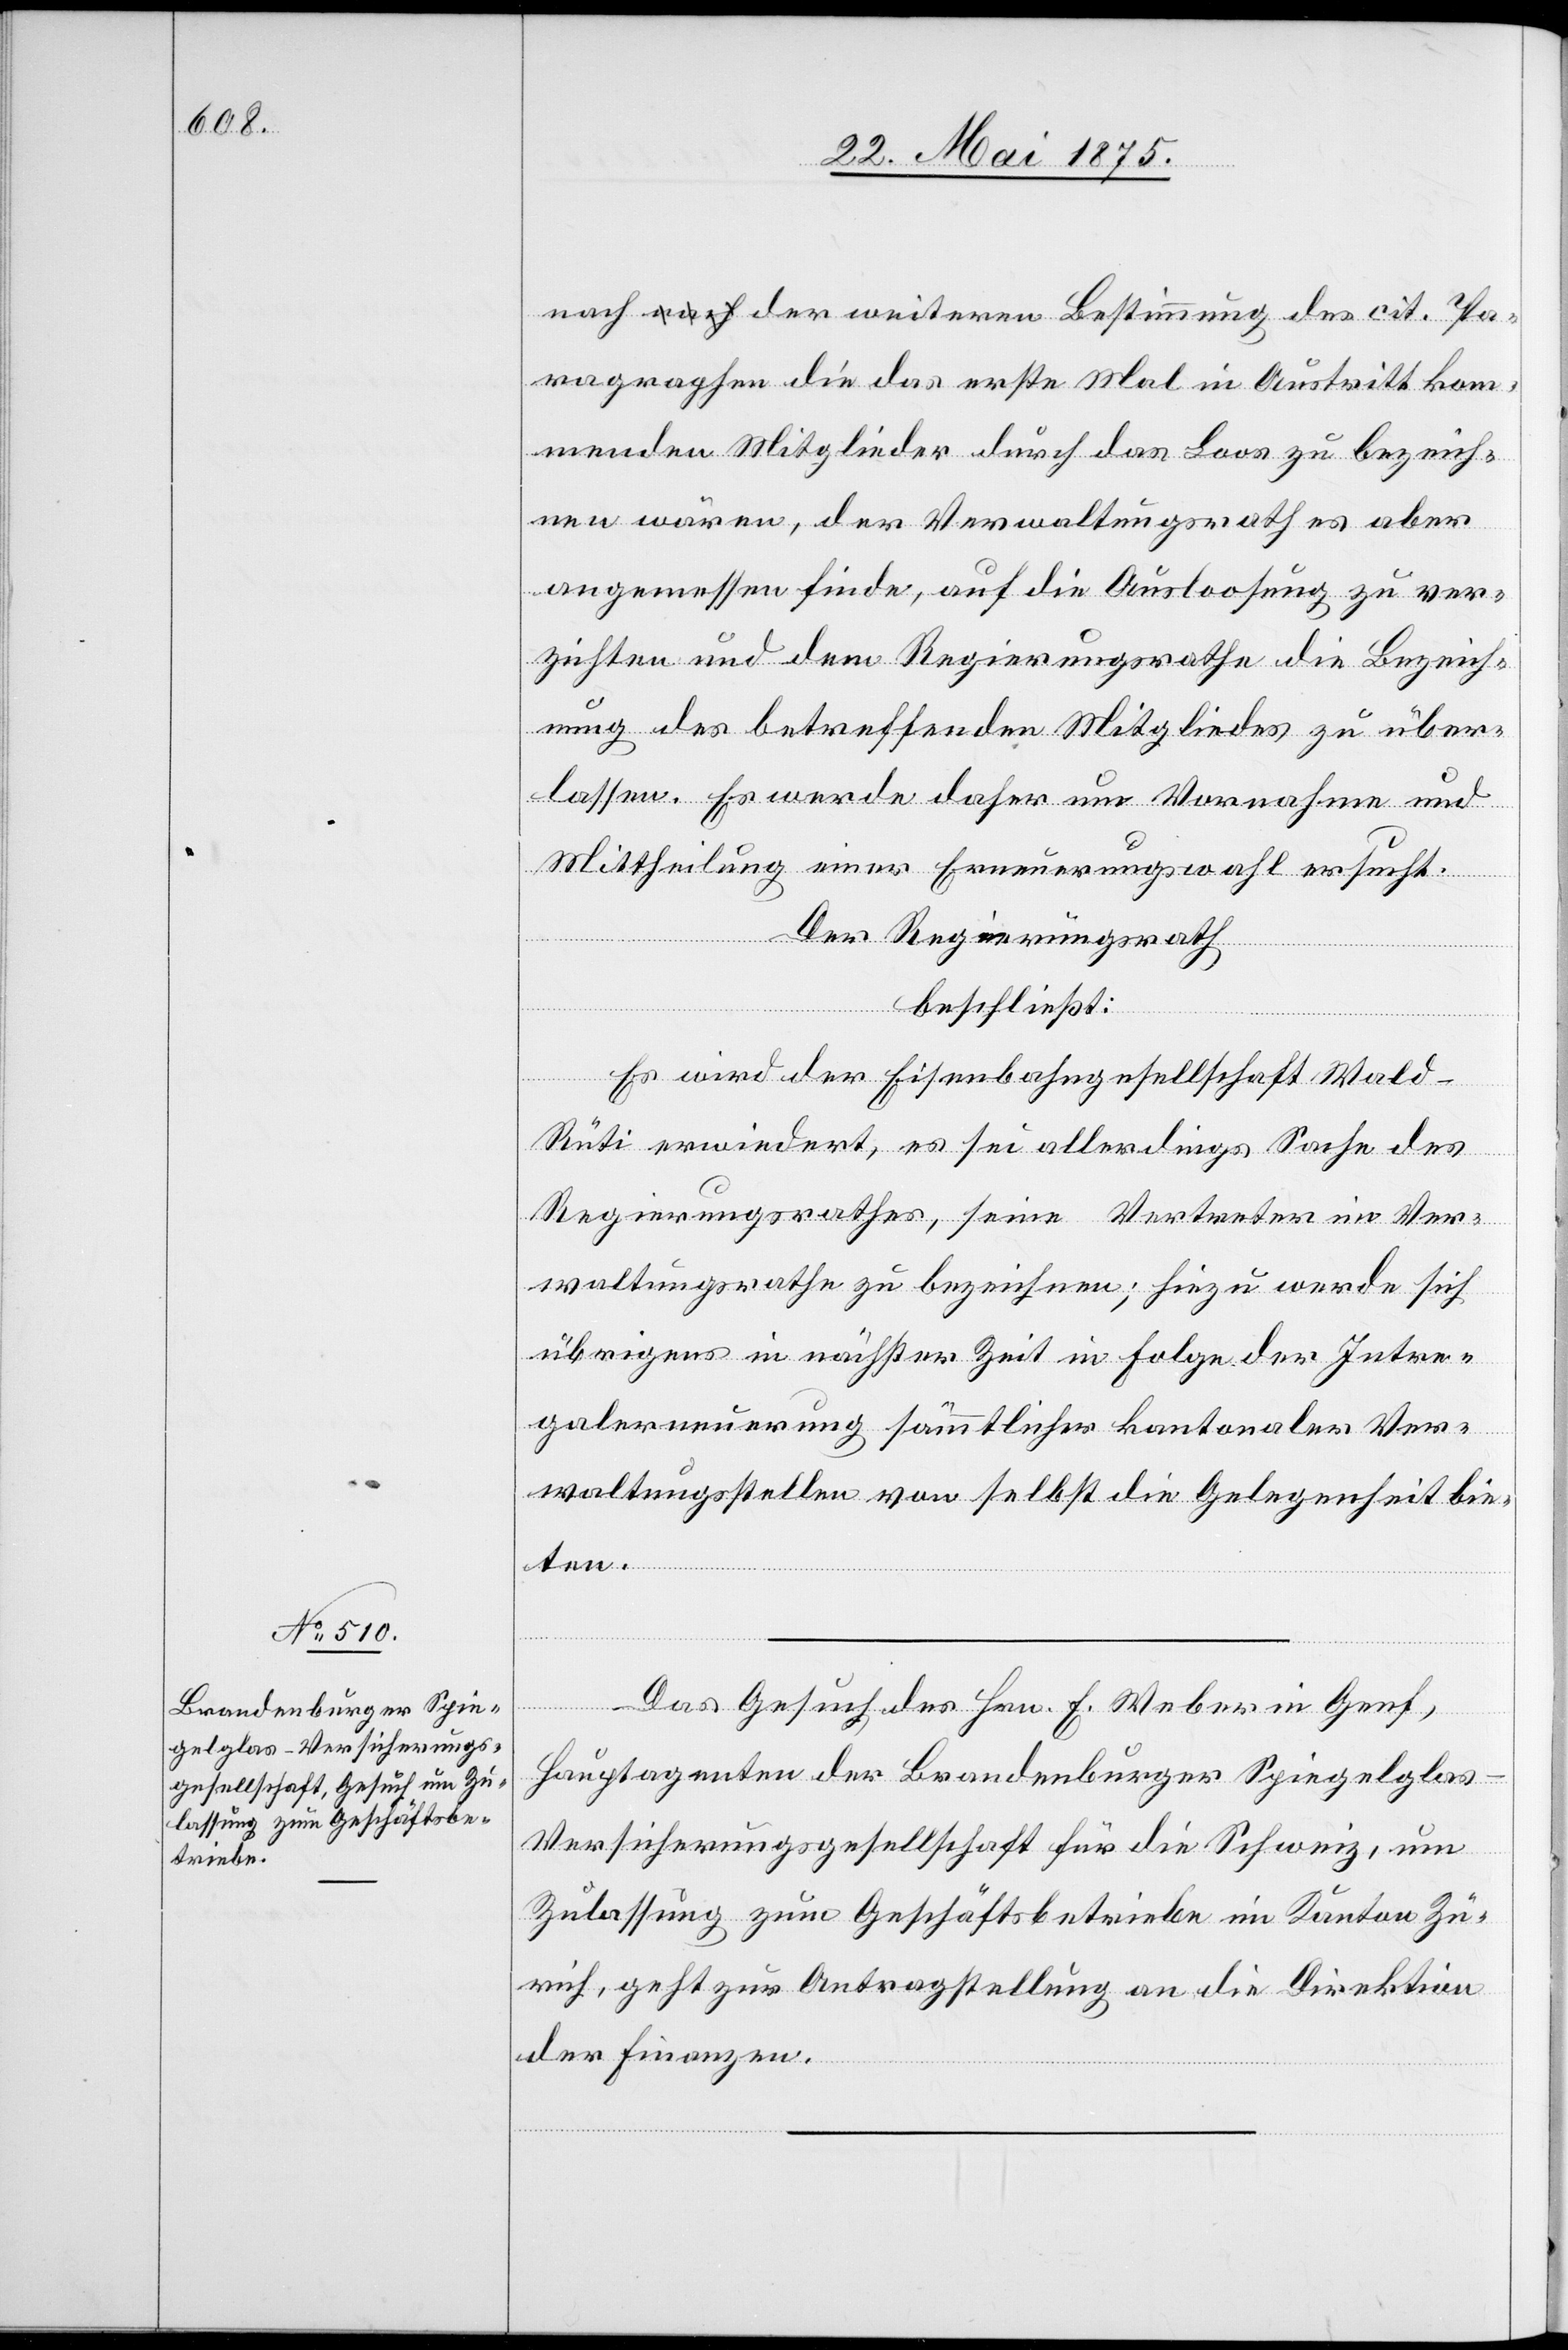
nach der weiteren Bestimmung des cit. Pa¬
ragraphen die das erste Mal in Austritt kom¬
menden Mitglieder durch das Loos zu bezeich¬
nen wären, der Verwaltungsrath es aber
angemessen finde, auf die Ausloosung zu ver¬
zichten und dem Regierungsrathe die Bezeich¬
nung des betreffenden Mitgliedes zu über¬
lassen. Es werde daher um Vornahme und
Mittheilung einer Erneuerungswahl ersucht.
Der Regierungsrath,
Integr¬
beschließt:
Es wird der Eisenbahngesellschaft Wald–R¬
üti erwiedert, es sei allerdings Sache des
Regierungsrathes, seine Vertreter im Ver¬
waltungsrathe zu bezeichnen; hiezu werde sich
übrigens in nächster Zeit in Folge der Intre¬
alerneuerung] sämmtlicher kantonaler Ver¬
waltungsstellen von selbst die Gelegenheit bie¬
ten.
Das Gesuch des Hrn. F. Weber in Genf,
Hauptagenten der Brandenburger Spiegelgla¬
s-Versicherungsgesellschaft für die Schweiz, um
Zulassung zum Geschäftsbetriebe im Kanton Zü¬
rich, geht zur Antragstellung an die Direktion
der Finanzen.